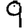
Digit: 9